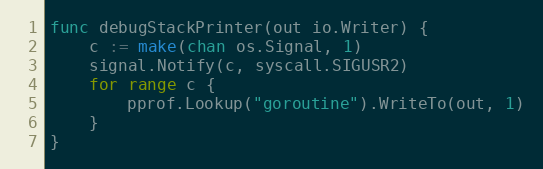
Language: Go
func debugStackPrinter(out io.Writer) {
	c := make(chan os.Signal, 1)
	signal.Notify(c, syscall.SIGUSR2)
	for range c {
		pprof.Lookup("goroutine").WriteTo(out, 1)
	}
}